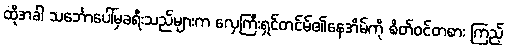
ထိုအခါ သင်္ဘောပေါ်မှခရီးသည်များက လှေကြီးရှင်တင်မ်၏နေအိမ်ကို စိတ်ဝင်တစား ကြည့်